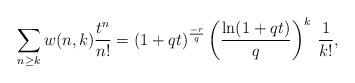
LaTeX: \begin{align*}\sum_{n\geq k}w(n,k)\frac {t^n}{n!}=(1+qt)^{\frac{-r}{q}}\left(\frac{\ln(1+qt)}{q}\right)^k\:\frac{1}{k!},\end{align*}